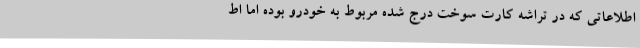
اطلاعاتی که در تراشه کارت سوخت درج شده مربوط به خودرو بوده اما اط